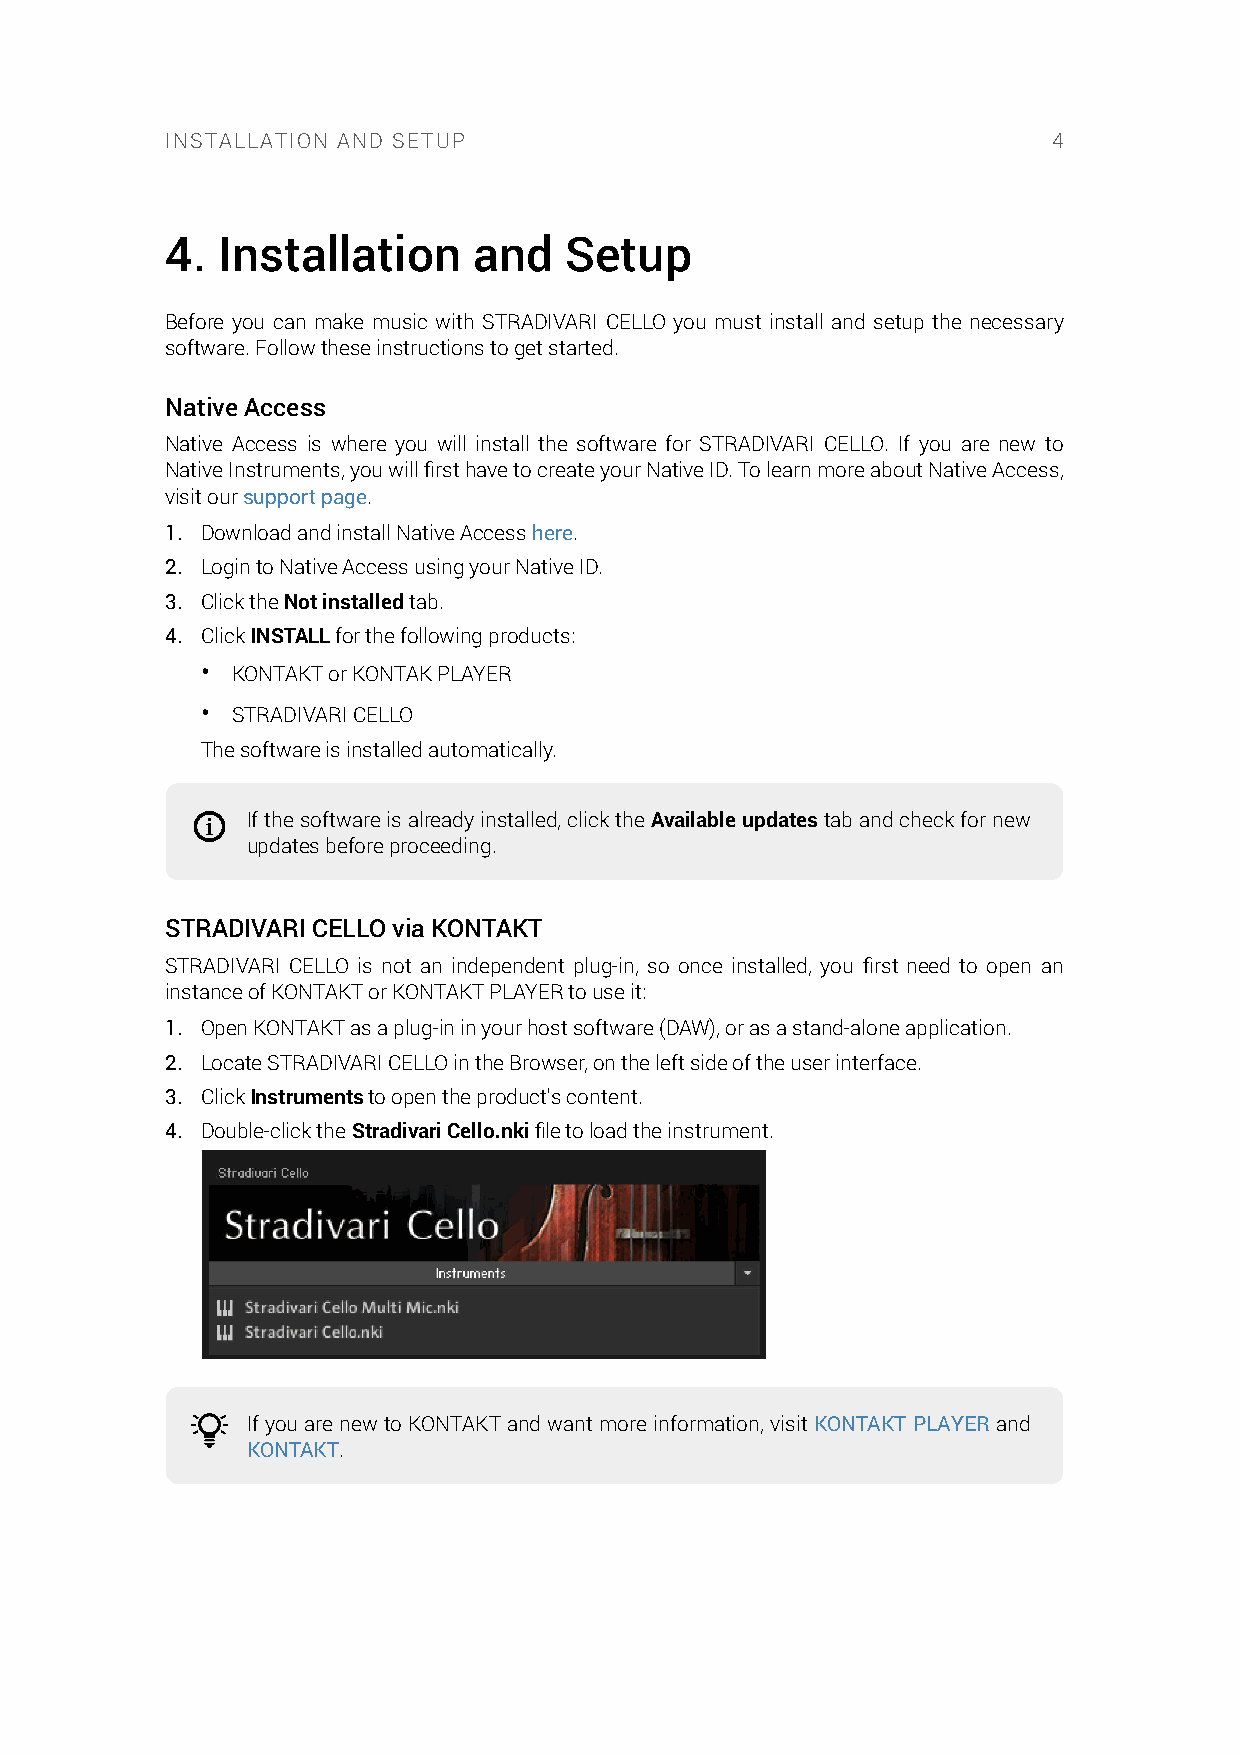
INSTALLATION AND SETUP                                     4
 4. Installation     and   Setup
 Before you can make music with STRADIVARI CELLO you must install and setup the necessary
 software. Follow these instructions to get started.
 Native Access
 Native Access is where you will install the software for STRADIVARI CELLO. If you are new to
 Native Instruments, you will first have to create your Native ID. To learn more about Native Access,
 visit our support page.
 1. Download and install Native Access here.
 2. Login to Native Access using your Native ID.
 3. Click the Not installed tab.
 4. Click INSTALL for the following products:
 • KONTAKT or KONTAK PLAYER
 • STRADIVARI CELLO
 The software is installed automatically.
 If the software is already installed, click the Available updates tab and check for new
 updates before proceeding.
 STRADIVARI CELLO via KONTAKT
 STRADIVARI CELLO is not an independent plug-in, so once installed, you first need to open an
 instance of KONTAKT or KONTAKT PLAYER to use it:
 1. Open KONTAKT as a plug-in in your host software (DAW), or as a stand-alone application.
 2. Locate STRADIVARI CELLO in the Browser, on the left side of the user interface.
 3. Click Instruments to open the product's content.
 4. Double-click the Stradivari Cello.nki file to load the instrument.
 If you are new to KONTAKT and want more information, visit KONTAKT PLAYER and
 KONTAKT.